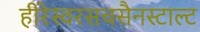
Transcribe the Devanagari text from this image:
हीरेस्वरसचसैनस्टाल्ट